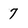
Character: 7